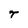
Character: T